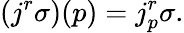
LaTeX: (j^{r}\sigma)(p)=j_{p}^{r}\sigma.